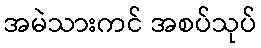
အမဲသားကင် အစပ်သုပ်